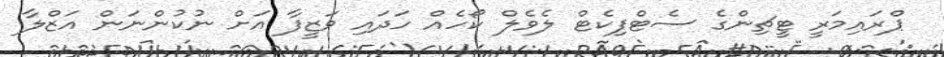
ޕްރައިމަރީ ޓީޗިންގެ ސެޓްފިކެޓް ލެވެލް ކޯހެއް ހަދައި ވަޒީފާ އަށް ނުކުންނަން އަޒްލާ